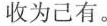
收为己有。